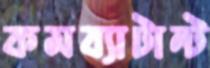
কমব্যাটান্ট